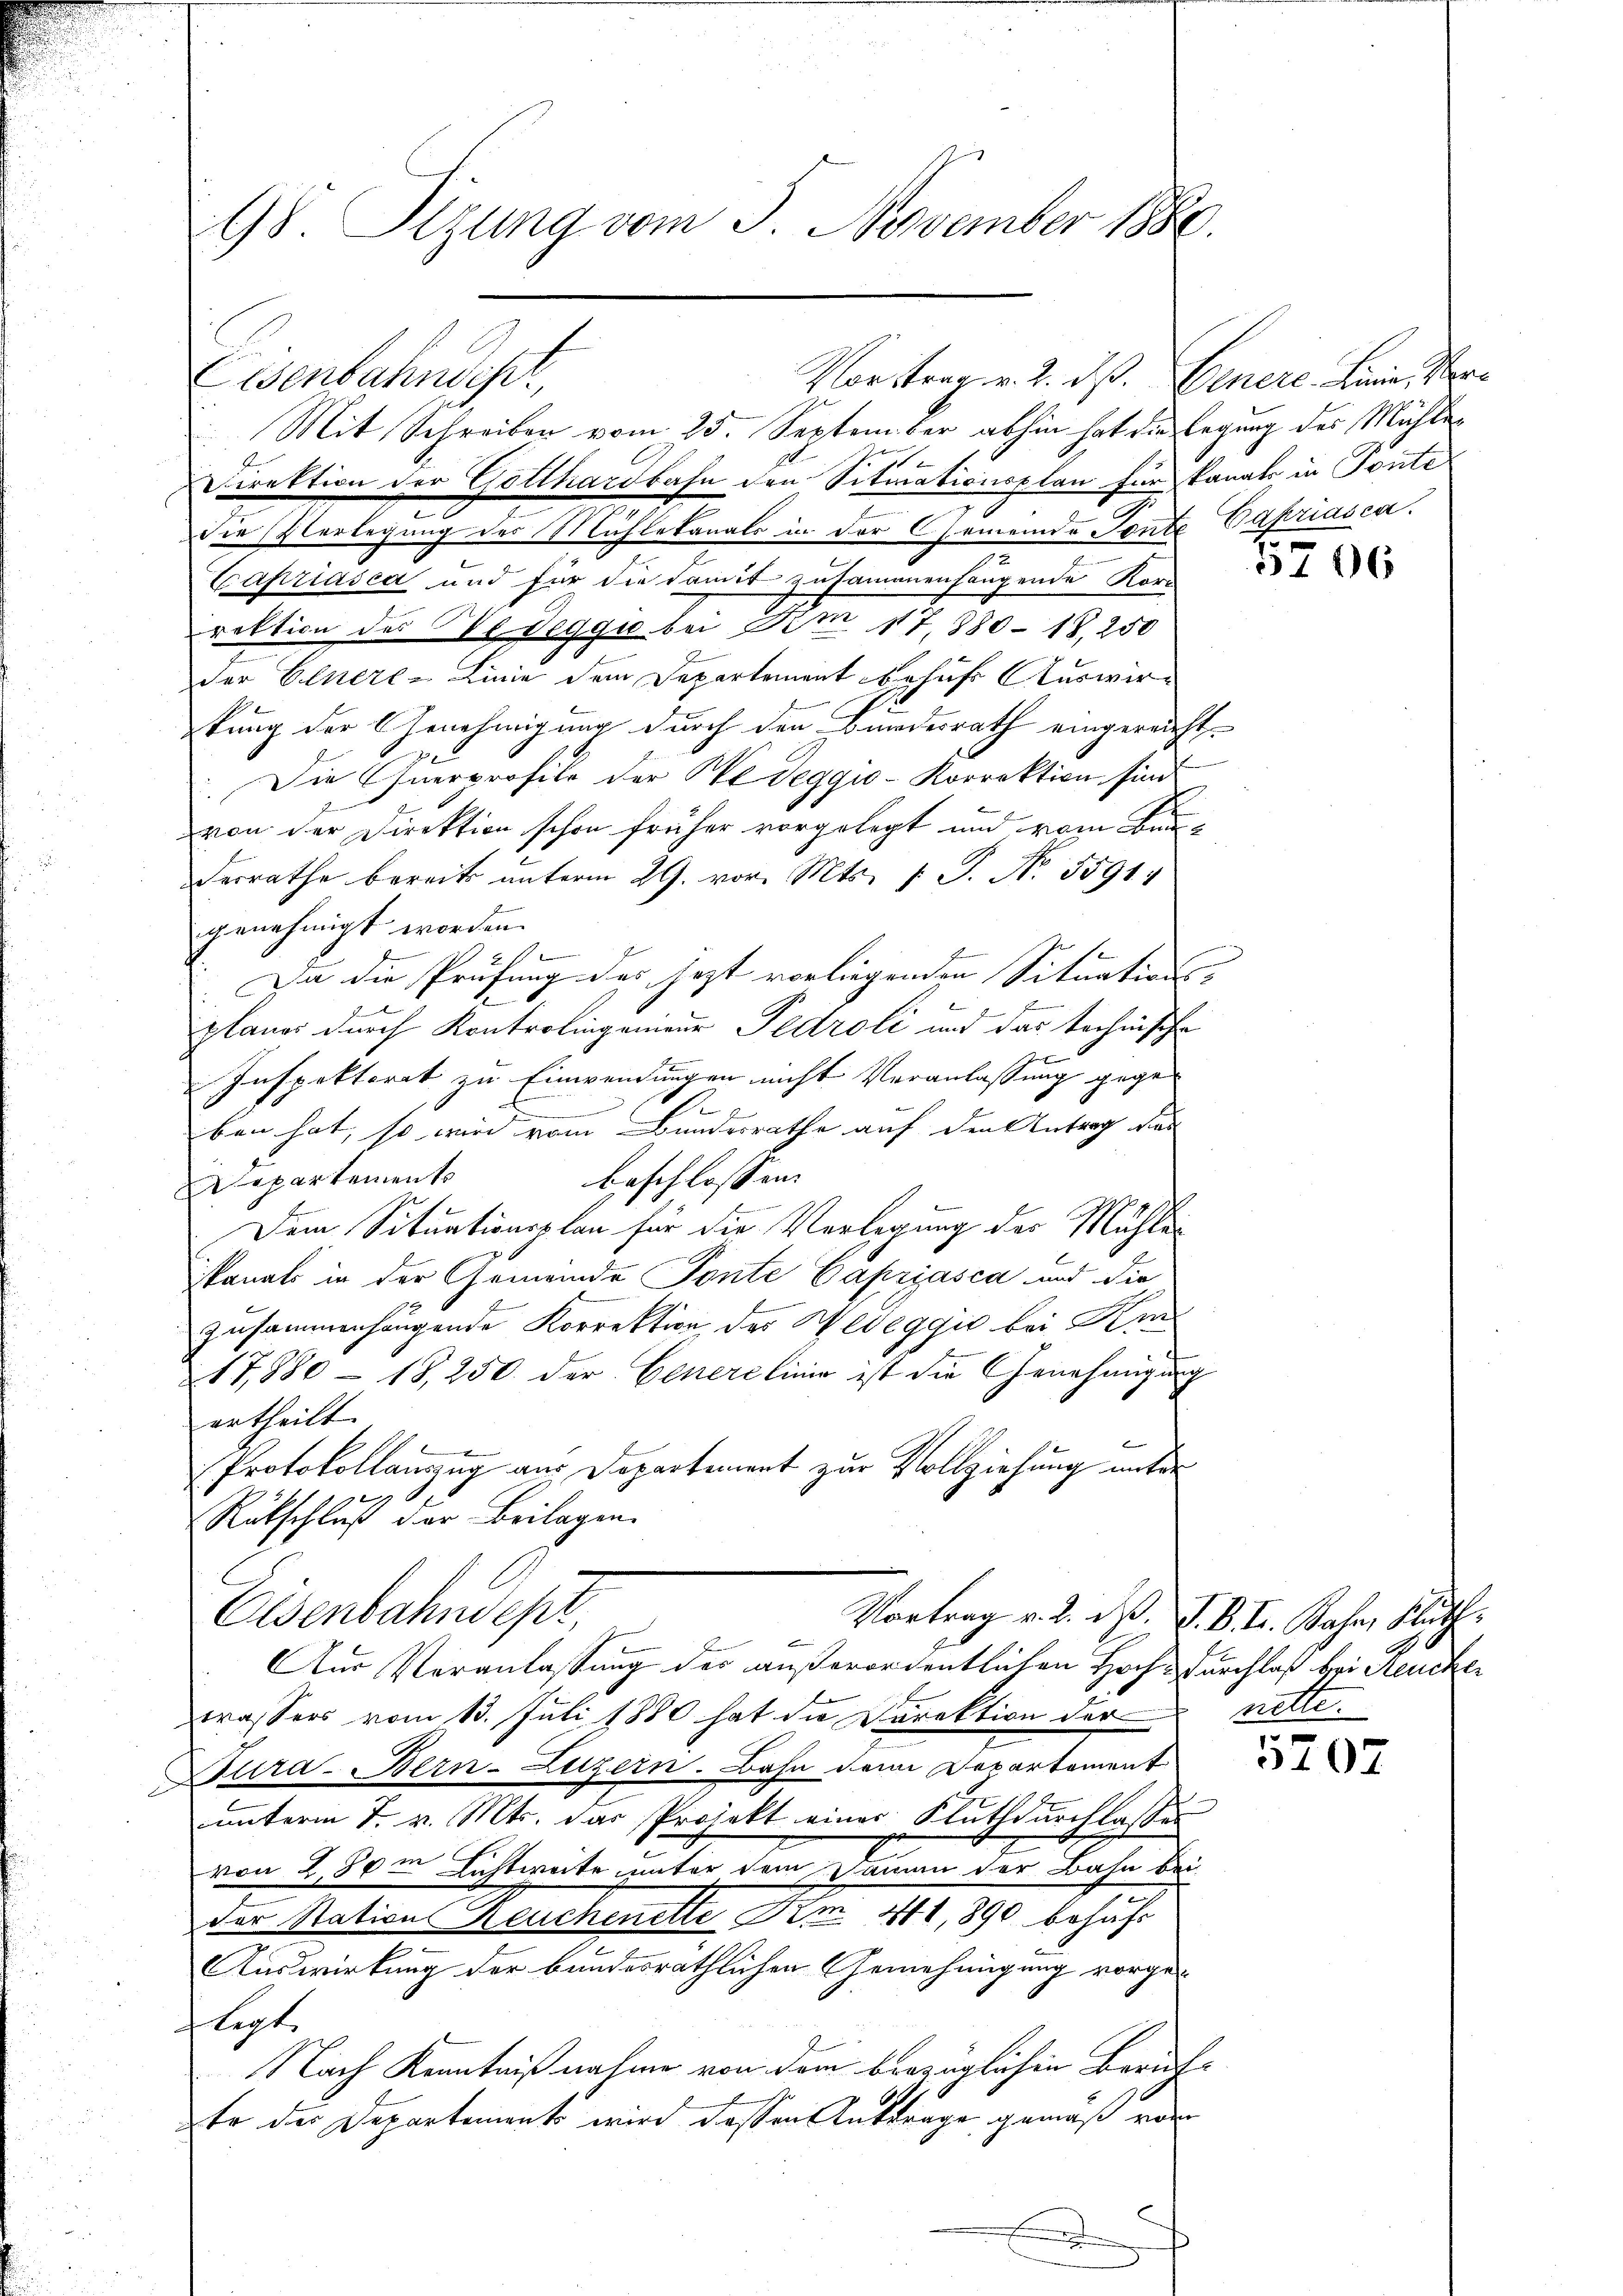
98. Sizung vom 5. November 1880.

Eisenbahndep
Mit Schreiben vom 25. September abhin hat die legung des Mühler
.
Direktion der Gotthardbahn den Situationsplan für kanate in Ponte
e
Die Verlegung des Mühlekanals in der Gemeinde Tante Papriasca.
Capriasca und für die damit zusammenhangende Kor-
rektion des Bedeggio bei Am 17, 880 - 18, 250
der Einere Linie dem Departement behufs Auswirkung der Genehmigung durch den Bundesrath eingereicht¬
Die Querprofile der Pedeggio-Korrektion sind
von der Direktion schon früher vorgelegt und vom Bau-
derrathe bereits unterm 29. vor. Mts. 1 S. N. 5591.
genehmigt worden.
Da die Prüfung des jetzt vorliegenden Situation- |
x
planer durch Kontrolingenieur Pedroli und das technische
Pr
A
Inspektorat zu Einwendungen nicht Veranlaßung gegee
ben hat, so wird vom Bundesrathe auf den Antrag de
beschlossen:
Departement
Dem Situationsplan für die Verlegung der Mühlen
kanals in der Gemeinde Ponte Capziasca und die
zusammenhängende Korrektion des Wedeggić bei Am
17880 - 18, 250 der Generelinie ist die Genehmigung
ertheilt.

b
Protokollauszug aus Departement zur Vollziehung unter
Rütschluß der Beilagen.
Eisenbahndept,
Vortrag v. 2. d. J. B. I. Bahn, Rath.
Aus Veranlassung des außerordentlichen Hoch-Durchlaß bei Reucker
wassers vom 13. Juli 1880 hat die Direktion der nette.
Sura-Bern-Luzern. Bahn dem Departement
ŭnterm 7. v. Mts. das Projekt einer Kluthdŭrchlassen
von 280m Lichtweite unter dem Dammen der Bahn bei
der Nation Heuchenette. Am 411,890 behufs
Auswirkung der bundesräthlichen Genehmigung vorge-
legt.
Nach Kenntnißnahme von dem bezüglichen Beruf-
Er der Departement wird dessen Antrage gemäß von
.

Vorstrag v. 2. dß. Genere Linie, Ver¬

rneme

5706

5707